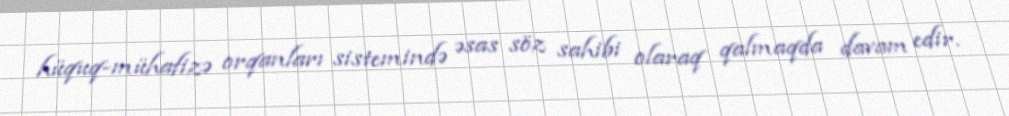
hüquq-mühafizə orqanları sistemində əsas söz sahibi olaraq qalmaqda davam edir.